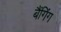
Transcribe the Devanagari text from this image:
बैंगिंग